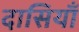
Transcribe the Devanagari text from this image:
दासियाँ